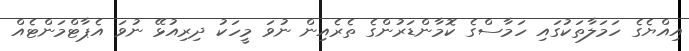
އިއްޔެގެ ހަމަލާތަކުގައި ހަމާސްގެ ކޮމާންޑަރުންގެ ތެރެއިން ނުވަ މީހަކު ދިރިއުޅޭ ނުވަ އެޕާޓްމަންޓެއް